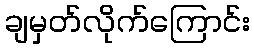
ချမှတ်လိုက်ကြောင်း